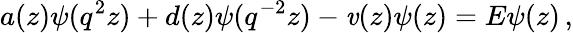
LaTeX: a(z)\psi(q^{2}z)+d(z)\psi(q^{-2}z)-\mathit{v}(z)\psi(z)=E\psi(z)\, ,